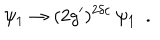
\psi _ { 1 } \rightarrow ( 2 g ^ { \prime } ) ^ { 2 \delta c } \: \psi _ { 1 } ~ ~ .